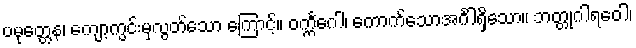
ပမုတ္တေန၊ ကျော့ကွင်းမှလွတ်သော ကြောင့်။ ဝက္ကင်္ဂေါ၊ ကောက်သောအင်္ဂါရှိသော။ ဘတ္တုဂါရဝေါ၊